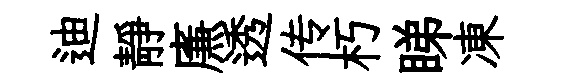
迪靜㢘透传朽睇凍